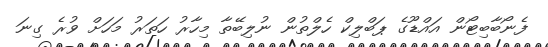
ފެނޯބާބިޓޯން އައްޑޫގެ ޕަބްލިކް ހެލްތުން ނުލިބޭތާ މިހާރު ހަތަރު މަހަށް ވުރެ ގިނަ